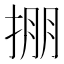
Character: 掤